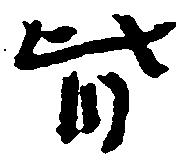
皆